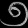
Digit: ၅